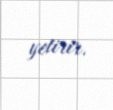
yetirir.